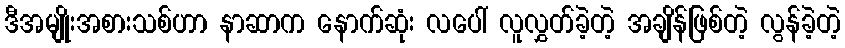
ဒီအမျိုးအစားသစ်ဟာ နာဆာက နောက်ဆုံး လပေါ် လူလွှတ်ခဲ့တဲ့ အချိန်ဖြစ်တဲ့ လွန်ခဲ့တဲ့